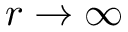
r \rightarrow \infty